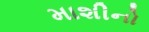
માશીનો